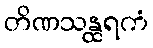
တိဏသန္ထရကံ